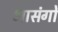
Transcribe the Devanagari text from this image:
आसंगों